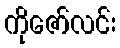
ကိုဇော်လင်း